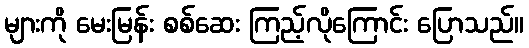
များကို မေးမြန်း စစ်ဆေး ကြည့်လိုကြောင်း ပြောသည်။